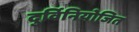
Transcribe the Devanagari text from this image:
दुर्विनियोजित